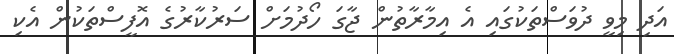
އަދި މިވީ ދުވަސްތަކުގައި އެ އިމާރާތުން ޖާގަ ހޯދުމަށް ސަރުކާރުގެ އޮފީސްތަކުން އެކި